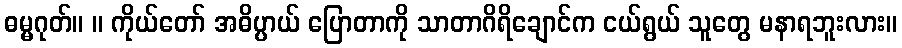
ဓမ္မဂုတ်။ ။ ကိုယ်တော် အဓိပ္ပာယ် ပြောတာကို သာတာဂိရိချောင်က ငယ်ရွယ် သူတွေ မနာရဘူးလား။